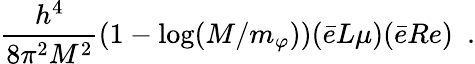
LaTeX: {\frac{h^{4}}{8\pi^{2}M^{2}}}(1-\mathrm{log}(M/m_{\varphi}))(\bar{e}L\mu)(\bar{e}Re)\, \, \, .